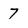
Character: 7